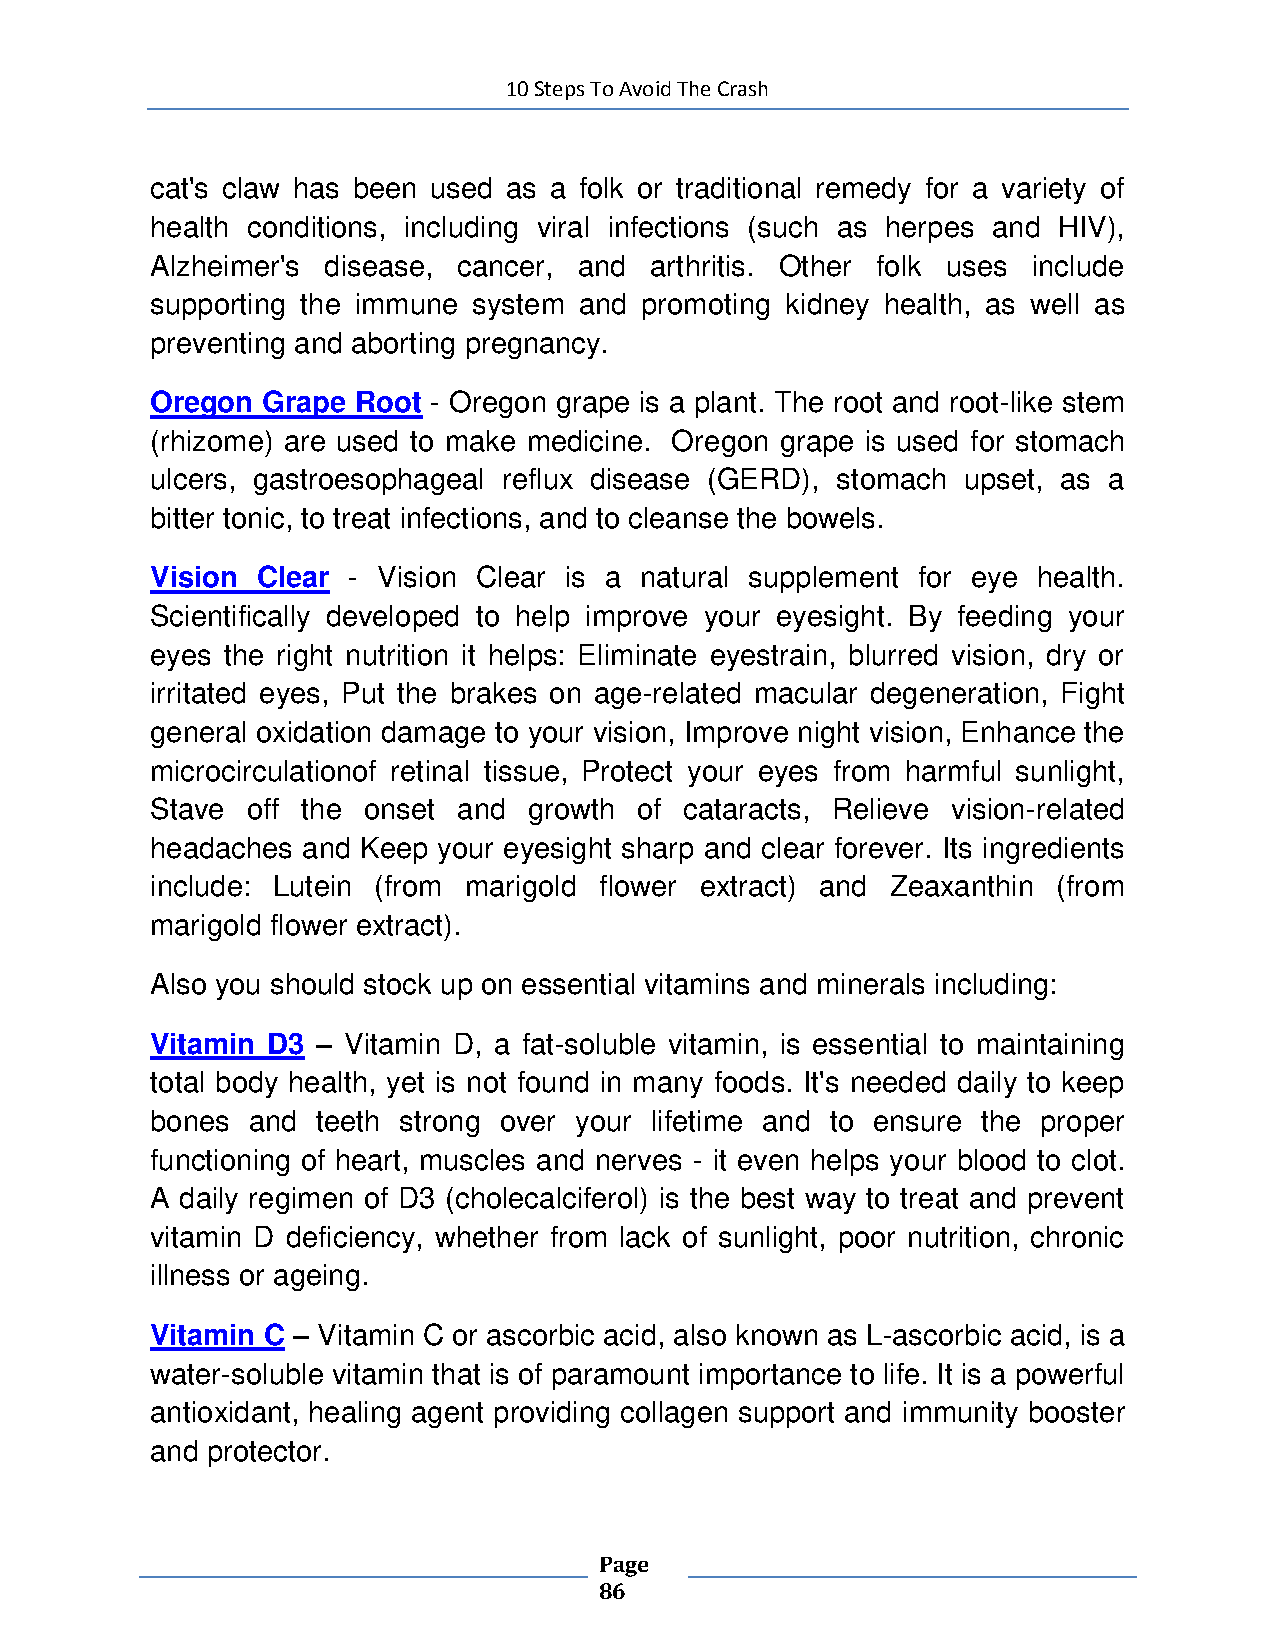
10 Steps To Avoid The Crash
 cat's claw has been used as a folk or traditional remedy for a variety of
 health conditions, including viral infections (such as herpes and HIV),
 Alzheimer's disease, cancer, and arthritis. Other folk uses include
 supporting the immune system and promoting kidney health, as well as
 preventing and aborting pregnancy.
 Oregon Grape  Root - Oregon grape is a plant. The root and root-like stem
 (rhizome) are used to make medicine. Oregon grape is used for stomach
 ulcers, gastroesophageal reflux disease (GERD), stomach upset, as a
 bitter tonic, to treat infections, and to cleanse the bowels.
 Vision Clear - Vision Clear is a natural supplement for eye health.
 Scientifically developed to help improve your eyesight. By feeding your
 eyes the right nutrition it helps: Eliminate eyestrain, blurred vision, dry or
 irritated eyes, Put the brakes on age-related macular degeneration, Fight
 general oxidation damage to your vision, Improve night vision, Enhance the
 microcirculationof retinal tissue, Protect your eyes from harmful sunlight,
 Stave off the onset and  growth of cataracts, Relieve vision-related
 headaches and Keep your eyesight sharp and clear forever. Its ingredients
 include: Lutein (from marigold flower extract) and Zeaxanthin (from
 marigold flower extract).
 Also you should stock up on essential vitamins and minerals including:
 Vitamin D3 – Vitamin D, a fat-soluble vitamin, is essential to maintaining
 total body health, yet is not found in many foods. It's needed daily to keep
 bones and  teeth strong over your lifetime and to ensure the proper
 functioning of heart, muscles and nerves - it even helps your blood to clot.
 A daily regimen of D3 (cholecalciferol) is the best way to treat and prevent
 vitamin D deficiency, whether from lack of sunlight, poor nutrition, chronic
 illness or ageing.
 Vitamin C – Vitamin C or ascorbic acid, also known as L-ascorbic acid, is a
 water-soluble vitamin that is of paramount importance to life. It is a powerful
 antioxidant, healing agent providing collagen support and immunity booster
 and protector.
 Page
 86